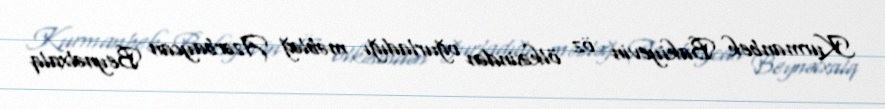
Kurmanbek Bakiyevin öz ölkəsindən oğurladığı məbləğ Azərbaycan Beynəlxalq